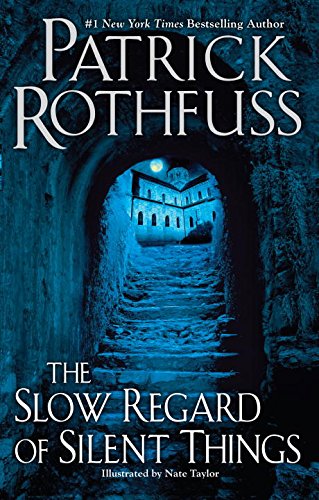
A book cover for The Slow Regard of Silent Things (Kingkiller Chronicles); Patrick Rothfuss; Science Fiction & Fantasy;